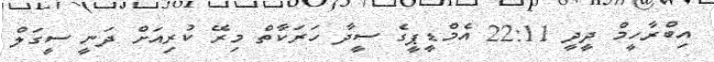
އިބްރާހީމް ދީދީ 22:11 އެމްޑީޕީގެ ސީދާ ހަރަކާތް މިރޭ ކުރިއަށް ދަނީ ސީގަލް